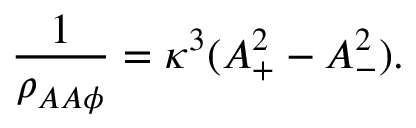
{ \frac { 1 } { \rho _ { A A \phi } } } = \kappa ^ { 3 } ( A _ { + } ^ { 2 } - A _ { - } ^ { 2 } ) .